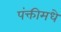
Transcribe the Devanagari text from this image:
पंक्तीमधे